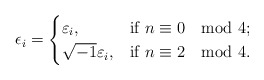
\begin{align*} \epsilon_i=\begin{cases} \varepsilon_i, & \mbox{if}\ n\equiv 0 \mod 4;\\ \sqrt{-1}\varepsilon_i, & \mbox{if}\ n\equiv 2 \mod 4. \end{cases}\end{align*}